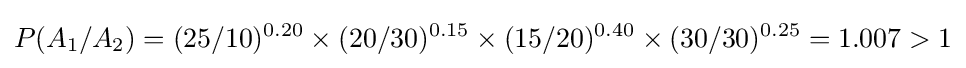
P(A_{1}/A_{2})=(25/10)^{0.20}\times (20/30)^{0.15}\times (15/20)^{0.40}\times (30/30)^{0.25}=1.007>1